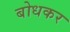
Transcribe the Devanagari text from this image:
बोधकर